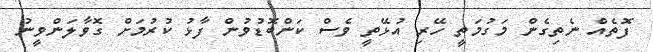
ފޮތެއް ނެތިގެން މަގުމަތީ ހޭރި އުޅޭތީ ވެސް ކަންބޮޑުވުން ފާޅު ކުރުމަށް ގޮވާލަންވީނު